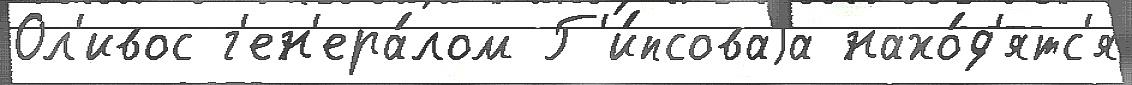
Ол'ивос г'ен'ера́лом Г'и́псоваjа нахо́д'ятс'я